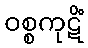
ဝစ္စကုဋိံ